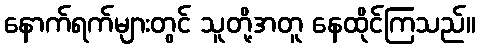
နောက်ရက်များတွင် သူတို့အတူ နေထိုင်ကြသည်။